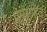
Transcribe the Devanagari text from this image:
प्रेमसहित